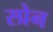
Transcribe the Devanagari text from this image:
स्प्रेन